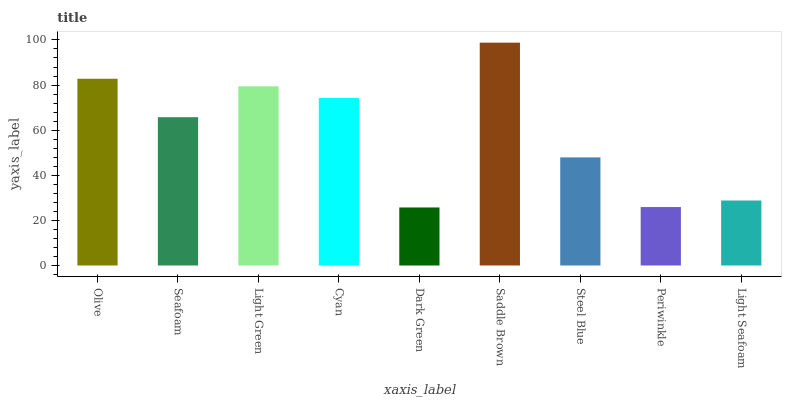
| xaxis_label | bars |
 | --- | --- |
 | Olive | 82.8 |
 | Seafoam | 65.8 |
 | Light Green | 79.4 |
 | Cyan | 74.3 |
 | Dark Green | 25.7 |
 | Saddle Brown | 98.8 |
 | Steel Blue | 47.9 |
 | Periwinkle | 25.9 |
 | Light Seafoam | 28.8 |